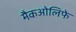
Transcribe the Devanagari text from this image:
मैकओलिफे